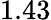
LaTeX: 1.43